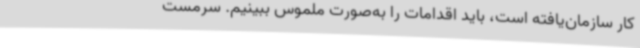
کار سازمان‌یافته است، باید اقدامات را به‌صورت ملموس ببینیم. سرمست